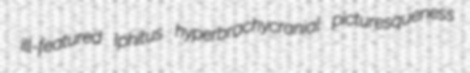
ill-featured Iphitus hyperbrachycranial picturesqueness